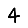
Digit: 4